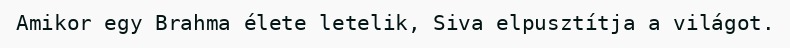
Amikor egy Brahma élete letelik, Siva elpusztítja a világot.